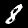
Label: 8